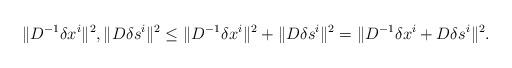
LaTeX: \begin{align*}\| D^{-1} \delta x^i \|^2, \| D \delta s^i \|^2 \le \| D^{-1} \delta x^i \|^2 + \| D \delta s^i \|^2= \|D^{-1} \delta x^i + D \delta s^i \|^2.\end{align*}